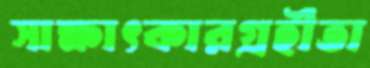
সাক্ষাৎকারগ্রহীতা